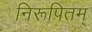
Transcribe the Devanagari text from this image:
निरूपितम्